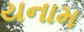
યનામ